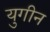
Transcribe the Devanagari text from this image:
युगीन